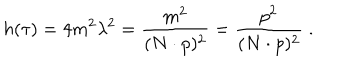
h ( \tau ) = 4 m ^ { 2 } \lambda ^ { 2 } = \frac { m ^ { 2 } } { ( N \cdot p ) ^ { 2 } } = \frac { p ^ { 2 } } { ( N \cdot p ) ^ { 2 } } \; .